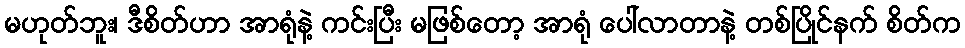
မဟုတ်ဘူး၊ ဒီစိတ်ဟာ အာရုံနဲ့ ကင်းပြီး မဖြစ်တော့ အာရုံ ပေါ်လာတာနဲ့ တစ်ပြိုင်နက် စိတ်က